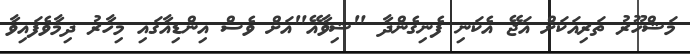
މަޝްހޫރު ތަރިއަކަށް އަޖޭ އެކަނި ފެނިގެންދާ "ޝިވާއޭ"އަށް ވެސް އިންޑިއާގައި މިހާރު ދިމާވެފައިވާ